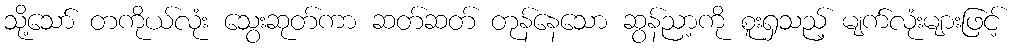
သို့သော် တကိုယ်လုံး သွေးဆုတ်ကာ ဆတ်ဆတ် တုန်နေသော ဆွန်ညာ့ကို စူးရှသည့် မျက်လုံးများဖြင့်